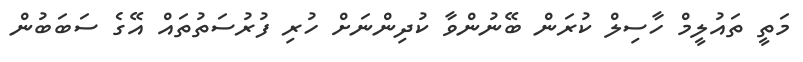
މަތީ ތައުލީމް ހާސިލް ކުރަން ބޭނުންވާ ކުދިންނަށް ހުރި ފުރުސަތުތައް އޭގެ ސަބަބުން